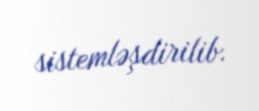
sistemləşdirilib.